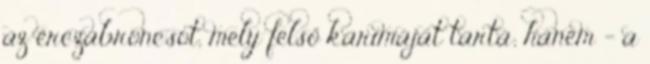
az érczabroncsot, mely felső karimáját tartá; hanem - a